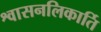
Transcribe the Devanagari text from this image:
श्वासनलिकार्ति